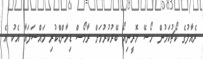
ރެއާލުގެ ކޯޗުކަމުން ހޯސޭ މޮރީނިއޯ ބޭރުކުރުމަށް ރާމޯސް ޑިމާންޑްކުރި މައްސަލައާ އެކު އެ